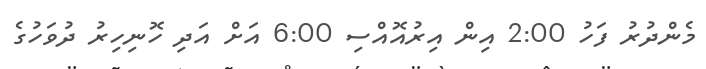
މެންދުރު ފަހު 2:00 އިން އިރުއޮއްސި 6:00 އަށް އަދި ހޮނިހިރު ދުވަހުގެ